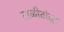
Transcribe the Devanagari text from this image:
लळीतांतून